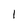
Character: 1